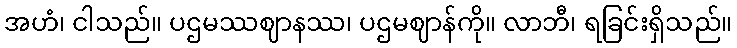
အဟံ၊ ငါသည်။ ပဌမဿဈာနဿ၊ ပဌမဈာန်ကို။ လာဘီ၊ ရခြင်းရှိသည်။